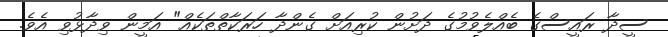
ސީދާ ރައީސްގެ ބެއްލެވުމުގެ ދަށުން ކުރިއަށް ގެންދާ ހަރަކާތްތަކެއް" އަމީން ވިދާޅުވި އެވެ.